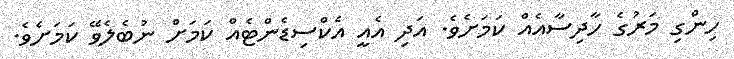
ހިންގި މަރުގެ ހާދިސާއެއް ކަމަށެވެ. އަދި އެއީ އެކްސިޑެންޓެއް ކަމަށް ނުބެލެވޭ ކަމަށެވެ.